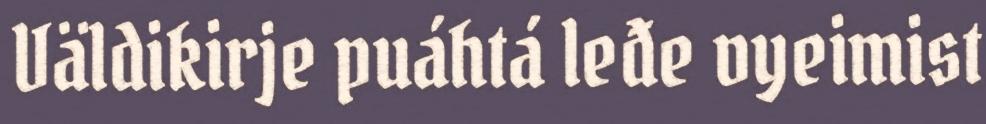
Väldikirje puáhtá leđe vyeimist